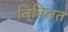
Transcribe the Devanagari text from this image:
विधितत